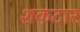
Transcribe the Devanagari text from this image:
शकटार